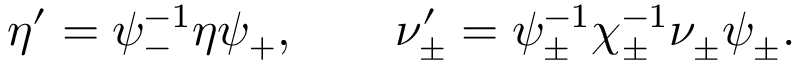
\eta ^ { \prime } = \psi _ { - } ^ { - 1 } \eta \psi _ { + } , \qquad \nu _ { \pm } ^ { \prime } = \psi _ { \pm } ^ { - 1 } \chi _ { \pm } ^ { - 1 } \nu _ { \pm } \psi _ { \pm } .